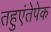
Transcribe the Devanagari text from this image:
तहुएंतेपेक